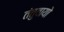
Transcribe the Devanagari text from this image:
तंतुवायो